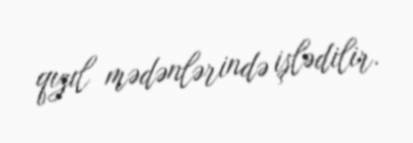
qızıl mədənlərində işlədilir.